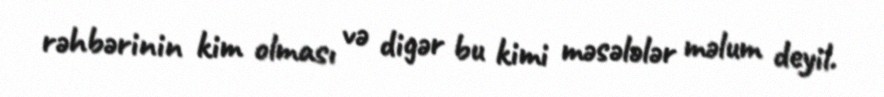
rəhbərinin kim olması və digər bu kimi məsələlər məlum deyil.